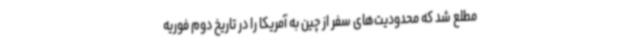
مطلع شد که محدودیت‌های سفر از چین به آمریکا را در تاریخ دوم فوریه